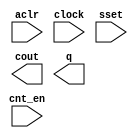
// megafunction wizard: %LPM_COUNTER%VBB%
// GENERATION: STANDARD
// VERSION: WM1.0
// MODULE: LPM_COUNTER 

// ============================================================
// Megafunction Name(s):
// 			LPM_COUNTER
//
// Simulation Library Files(s):
// 			lpm
// ============================================================
// ************************************************************
// THIS IS A WIZARD-GENERATED FILE. DO NOT EDIT THIS FILE!
//
// 20.1.1 Build 720 11/11/2020 SJ Lite Edition
// ************************************************************

//Copyright (C) 2020  Intel Corporation. All rights reserved.
//Your use of Intel Corporation's design tools, logic functions 
//and other software and tools, and any partner logic 
//functions, and any output files from any of the foregoing 
//(including device programming or simulation files), and any 
//associated documentation or information are expressly subject 
//to the terms and conditions of the Intel Program License 
//Subscription Agreement, the Intel Quartus Prime License Agreement,
//the Intel FPGA IP License Agreement, or other applicable license
//agreement, including, without limitation, that your use is for
//the sole purpose of programming logic devices manufactured by
//Intel and sold by Intel or its authorized distributors.  Please
//refer to the applicable agreement for further details, at
//https://fpgasoftware.intel.com/eula.

module Counter07 (
	aclr,
	clock,
	cnt_en,
	sset,
	cout,
	q);

	input	  aclr;
	input	  clock;
	input	  cnt_en;
	input	  sset;
	output	  cout;
	output	[2:0]  q;

endmodule

// ============================================================
// CNX file retrieval info
// ============================================================
// Retrieval info: PRIVATE: ACLR NUMERIC "1"
// Retrieval info: PRIVATE: ALOAD NUMERIC "0"
// Retrieval info: PRIVATE: ASET NUMERIC "0"
// Retrieval info: PRIVATE: ASET_ALL1 NUMERIC "1"
// Retrieval info: PRIVATE: CLK_EN NUMERIC "0"
// Retrieval info: PRIVATE: CNT_EN NUMERIC "1"
// Retrieval info: PRIVATE: CarryIn NUMERIC "0"
// Retrieval info: PRIVATE: CarryOut NUMERIC "1"
// Retrieval info: PRIVATE: Direction NUMERIC "0"
// Retrieval info: PRIVATE: INTENDED_DEVICE_FAMILY STRING "Cyclone IV GX"
// Retrieval info: PRIVATE: ModulusCounter NUMERIC "0"
// Retrieval info: PRIVATE: ModulusValue NUMERIC "0"
// Retrieval info: PRIVATE: SCLR NUMERIC "0"
// Retrieval info: PRIVATE: SLOAD NUMERIC "0"
// Retrieval info: PRIVATE: SSET NUMERIC "1"
// Retrieval info: PRIVATE: SSET_ALL1 NUMERIC "0"
// Retrieval info: PRIVATE: SYNTH_WRAPPER_GEN_POSTFIX STRING "0"
// Retrieval info: PRIVATE: nBit NUMERIC "3"
// Retrieval info: PRIVATE: new_diagram STRING "1"
// Retrieval info: LIBRARY: lpm lpm.lpm_components.all
// Retrieval info: CONSTANT: LPM_DIRECTION STRING "UP"
// Retrieval info: CONSTANT: LPM_PORT_UPDOWN STRING "PORT_UNUSED"
// Retrieval info: CONSTANT: LPM_SVALUE STRING "0"
// Retrieval info: CONSTANT: LPM_TYPE STRING "LPM_COUNTER"
// Retrieval info: CONSTANT: LPM_WIDTH NUMERIC "3"
// Retrieval info: USED_PORT: aclr 0 0 0 0 INPUT NODEFVAL "aclr"
// Retrieval info: USED_PORT: clock 0 0 0 0 INPUT NODEFVAL "clock"
// Retrieval info: USED_PORT: cnt_en 0 0 0 0 INPUT NODEFVAL "cnt_en"
// Retrieval info: USED_PORT: cout 0 0 0 0 OUTPUT NODEFVAL "cout"
// Retrieval info: USED_PORT: q 0 0 3 0 OUTPUT NODEFVAL "q[2..0]"
// Retrieval info: USED_PORT: sset 0 0 0 0 INPUT NODEFVAL "sset"
// Retrieval info: CONNECT: @aclr 0 0 0 0 aclr 0 0 0 0
// Retrieval info: CONNECT: @clock 0 0 0 0 clock 0 0 0 0
// Retrieval info: CONNECT: @cnt_en 0 0 0 0 cnt_en 0 0 0 0
// Retrieval info: CONNECT: @sset 0 0 0 0 sset 0 0 0 0
// Retrieval info: CONNECT: cout 0 0 0 0 @cout 0 0 0 0
// Retrieval info: CONNECT: q 0 0 3 0 @q 0 0 3 0
// Retrieval info: GEN_FILE: TYPE_NORMAL Counter07.v TRUE
// Retrieval info: GEN_FILE: TYPE_NORMAL Counter07.inc FALSE
// Retrieval info: GEN_FILE: TYPE_NORMAL Counter07.cmp FALSE
// Retrieval info: GEN_FILE: TYPE_NORMAL Counter07.bsf TRUE
// Retrieval info: GEN_FILE: TYPE_NORMAL Counter07_inst.v TRUE
// Retrieval info: GEN_FILE: TYPE_NORMAL Counter07_bb.v TRUE
// Retrieval info: LIB_FILE: lpm